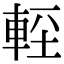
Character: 䡖